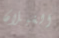
الغيلان